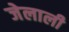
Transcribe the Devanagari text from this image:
जेलाली